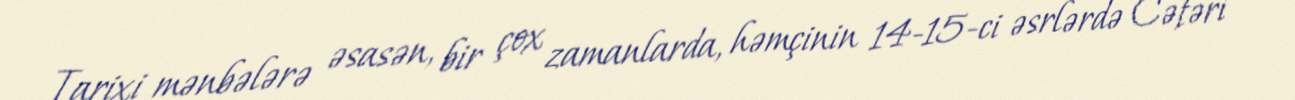
Tarixi mənbələrə əsasən, bir çox zamanlarda, həmçinin 14-15-ci əsrlərdə Cəfəri